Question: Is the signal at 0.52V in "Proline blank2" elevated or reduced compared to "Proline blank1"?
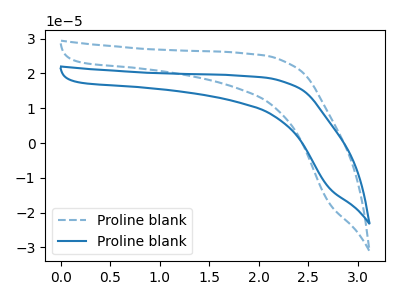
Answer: <think>The blue dashed curve "Proline blank1" has no peaks. The blue curve "Proline blank2" has no peaks.</think>
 <answer>"Proline blank2" and "Proline blank1" dont share a peak at 0.52V.</answer>
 <eval>mismatch</eval>